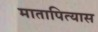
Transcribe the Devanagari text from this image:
मातापित्यास